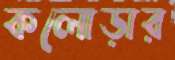
কলোড়ার